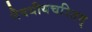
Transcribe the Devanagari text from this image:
नैषधीयचरितम्‌